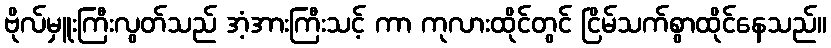
ဗိုလ်မှူးကြီးလွတ်သည် အံ့အားကြီးသင့် ကာ ကုလားထိုင်တွင် ငြိမ်သက်စွာထိုင်နေသည်။